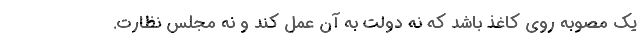
یک مصوبه روی کاغذ باشد که نه دولت به آن عمل کند و نه مجلس نظارت.